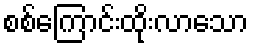
စစ်ကြောင်းထိုးလာသော